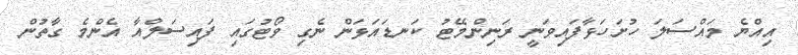
އިއްޔެ މައްސަލަ ހުށަހަޅާފައިވަނީ ރަނިންމޭޓު ކަނޑައަޅަން ނެގި ވޯޓުގައި ފައިސަލްއާ އެންމެ ގާތުން